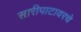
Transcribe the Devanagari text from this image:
सारीपाटावरचे